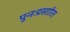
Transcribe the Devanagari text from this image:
पुनःप्रसारित